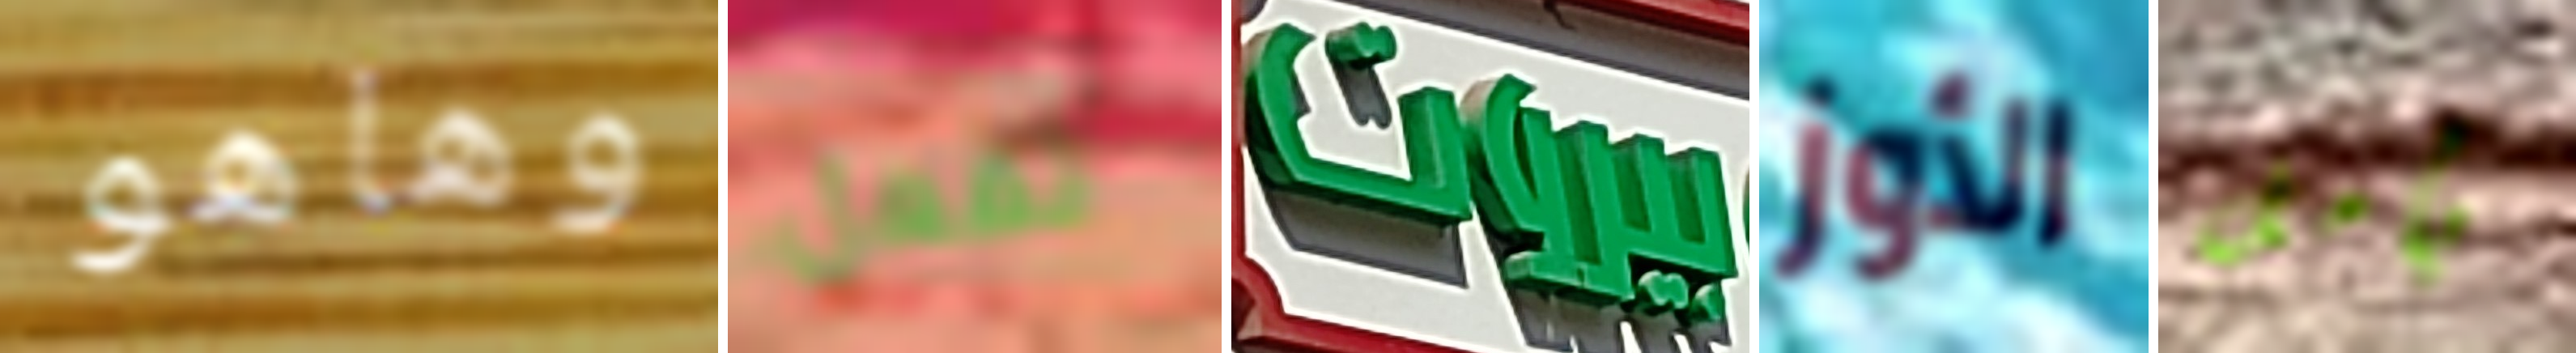
وهاهو تفعل بيروت الأوز يأمل